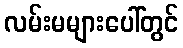
လမ်းမများပေါ်တွင်